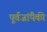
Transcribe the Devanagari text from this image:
पूर्वजांपैकी